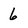
Character: 6